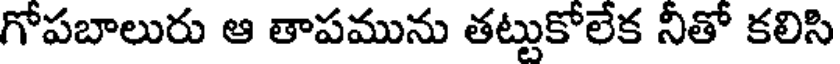
గోపబాలురు ఆ తాపమును తట్టుకోలేక నీతో కలిసి